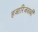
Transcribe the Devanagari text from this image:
हजारिजवाबी